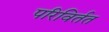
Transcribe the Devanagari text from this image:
परिविर्तत